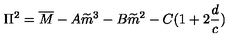
\Pi ^ { 2 } = \overline { { M } } - A \widetilde { m } ^ { 3 } - B \widetilde { m } ^ { 2 } - C ( 1 + 2 \frac { d } { c } )